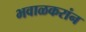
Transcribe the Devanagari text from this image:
भवाळकरांन